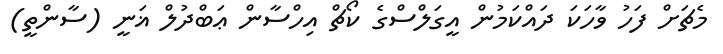
މެޗަށް ފަހު ވާހަކަ ދައްކަމުން އީގަލްސްގެ ކޯޗް އިހްސާން ޢަބްދުލް ޣަނީ (ސާންތީ)